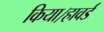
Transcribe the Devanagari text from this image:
किया।हावर्ड